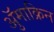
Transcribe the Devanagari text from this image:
ॲुमाक्रिन